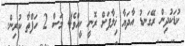
ކުޑަކުދިން ރޭގަނޑު އާދަޔާ ޚިލާފަށް ރޮނީ ކީއްވެ4 މަސް 2 ހަފްތާ ކުރިން.